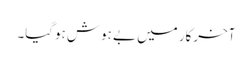
آخرکار میں بے ہوش ہوگیا۔